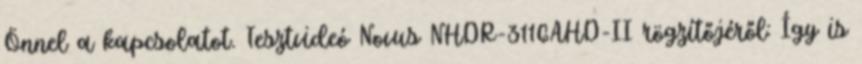
Önnel a kapcsolatot. Tesztvideó Novus NHDR-3116AHD-II rögzítőjéről: Így is